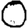
Digit: 0